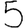
Digit: 5